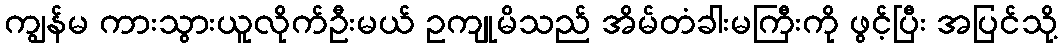
ကျွန်မ ကားသွားယူလိုက်ဦးမယ် ဥကျုမိသည် အိမ်တံခါးမကြီးကို ဖွင့်ပြီး အပြင်သို့